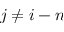
j \neq i - n